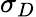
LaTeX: \sigma_{D}